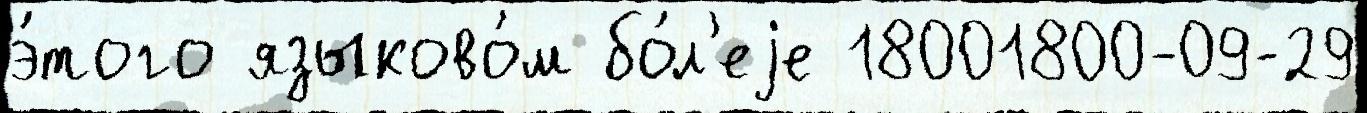
э́того языково́м бо́л'еjе 18001800-09-29